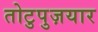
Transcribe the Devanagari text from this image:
तोटुपुज़यार